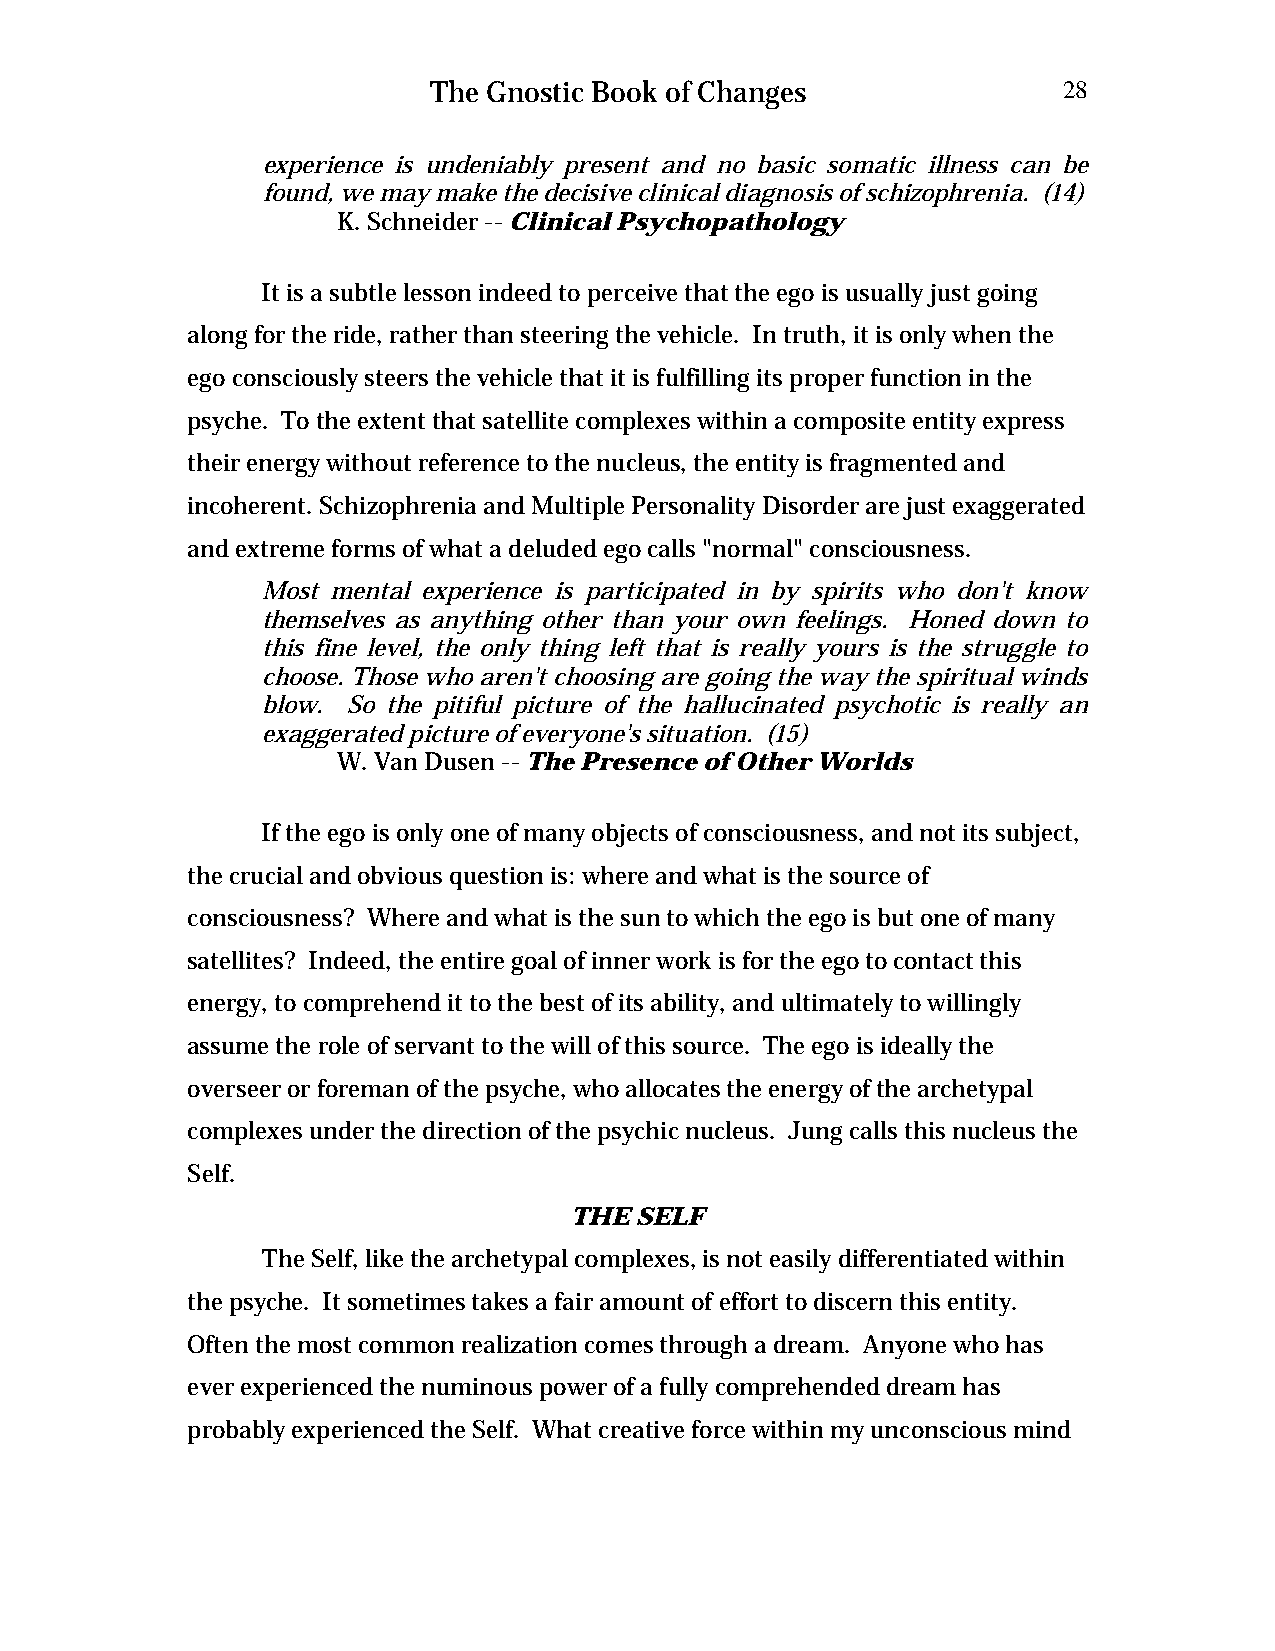
The Gnostic Book of Changes              28
 experience is undeniably present and no basic somatic illness can be
 found, we may make the decisive clinical diagnosis of schizophrenia. (14)
 K. Schneider -- Clinical Psychopathology
 It is a subtle lesson indeed to perceive that the ego is usually just going
 along for the ride, rather than steering the vehicle. In truth, it is only when the
 ego consciously steers the vehicle that it is fulfilling its proper function in the
 psyche. To the extent that satellite complexes within a composite entity express
 their energy without reference to the nucleus, the entity is fragmented and
 incoherent. Schizophrenia and Multiple Personality Disorder are just exaggerated
 and extreme forms of what a deluded ego calls "normal" consciousness.
 Most mental experience is participated in by spirits who don't know
 themselves as anything other than your own feelings. Honed down to
 this fine level, the only thing left that is really yours is the struggle to
 choose. Those who aren't choosing are going the way the spiritual winds
 blow. So the pitiful picture of the hallucinated psychotic is really an
 exaggerated picture of everyone's situation. (15)
 W. Van Dusen -- The Presence of Other Worlds
 If the ego is only one of many objects of consciousness, and not its subject,
 the crucial and obvious question is: where and what is the source of
 consciousness? Where and what is the sun to which the ego is but one of many
 satellites? Indeed, the entire goal of inner work is for the ego to contact this
 energy, to comprehend it to the best of its ability, and ultimately to willingly
 assume the role of servant to the will of this source. The ego is ideally the
 overseer or foreman of the psyche, who allocates the energy of the archetypal
 complexes under the direction of the psychic nucleus. Jung calls this nucleus the
 Self.
 THE SELF
 The Self, like the archetypal complexes, is not easily differentiated within
 the psyche. It sometimes takes a fair amount of effort to discern this entity.
 Often the most common realization comes through a dream. Anyone who has
 ever experienced the numinous power of a fully comprehended dream has
 probably experienced the Self. What creative force within my unconscious mind